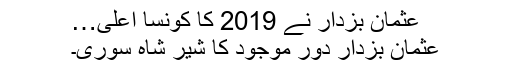
عثمان بزدار نے 2019 کا کونسا اعلیٰ…
عثمان بزدار دور موجود کا شیر شاہ سوری۔